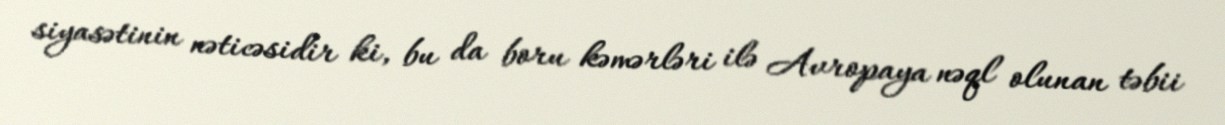
siyasətinin nəticəsidir ki, bu da boru kəmərləri ilə Avropaya nəql olunan təbii